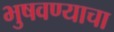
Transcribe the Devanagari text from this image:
भुषवण्याचा